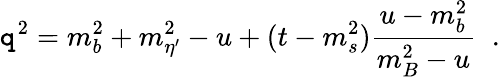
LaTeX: \mathtt{q}^{2}=m_{b}^{2}+m_{\eta^{\prime}}^{2}-u+(t-m_{s}^{2})\frac{{u-m_{b}^{2}}}{{m_{B}^{2}-u}}\; \; .